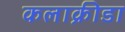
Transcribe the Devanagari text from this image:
कलाक्रीडा